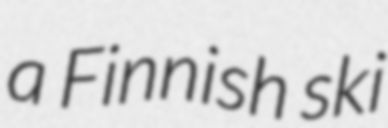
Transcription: a Finnish ski